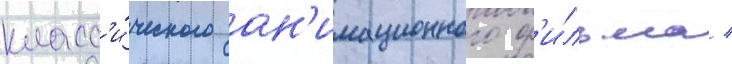
класс'и́ческого ан'имационного ф'и́льма /